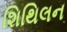
શિથિલન